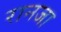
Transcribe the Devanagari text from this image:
रानजा